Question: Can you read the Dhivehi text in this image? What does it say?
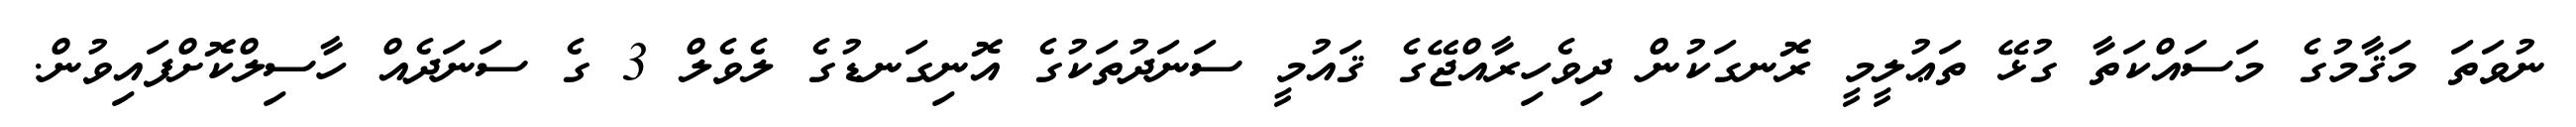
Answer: ނުވަތަ މަޤާމުގެ މަސައްކަތާ ގުޅޭ ތަޢުލީމީ ރޮނގަކުން ދިވެހިރާއްޖޭގެ ޤައުމީ ސަނަދުތަކުގެ އޮނިގަނޑުގެ ލެވެލް 3 ގެ ސަނަދެއް ހާސިލްކޮށްފައިވުން.